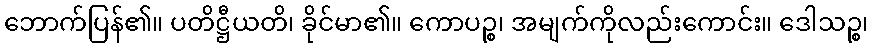
ဘောက်ပြန်၏။ ပတိဋ္ဌီယတိ၊ ခိုင်မာ၏။ ကောပဉ္စ၊ အမျက်ကိုလည်းကောင်း။ ဒေါသဉ္စ၊